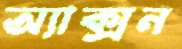
অ্যাক্সন